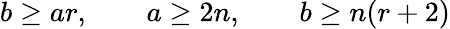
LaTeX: b\geq ar,\qquad a\geq 2n,\qquad b\geq n(r+2)